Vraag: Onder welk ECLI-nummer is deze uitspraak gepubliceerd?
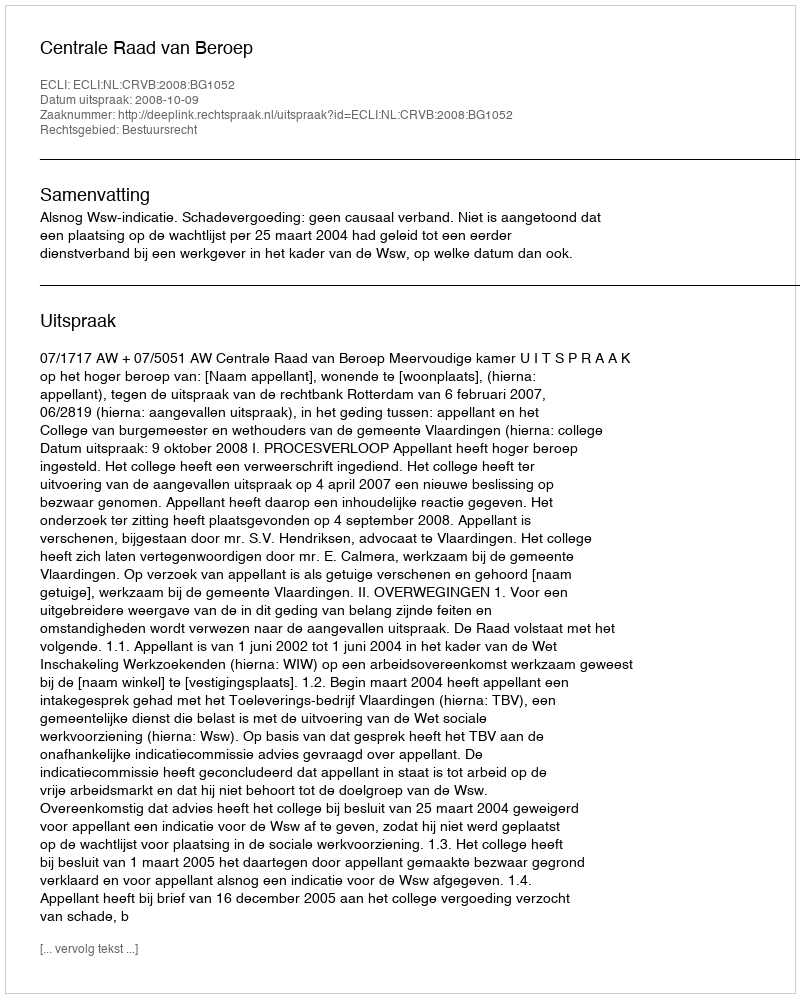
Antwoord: ECLI:NL:CRVB:2008:BG1052